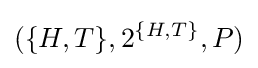
(\{H,T\},2^{\{H,T\}},P)